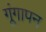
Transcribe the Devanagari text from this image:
गूंगापन